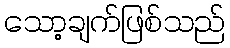
သော့ချက်ဖြစ်သည်